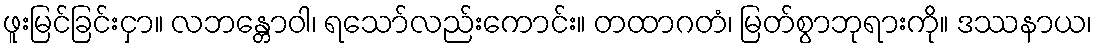
ဖူးမြင်ခြင်းငှာ။ လဘန္တောဝါ၊ ရသော်လည်းကောင်း။ တထာဂတံ၊ မြတ်စွာဘုရားကို။ ဒဿနာယ၊